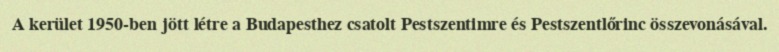
A kerület 1950-ben jött létre a Budapesthez csatolt Pestszentimre és Pestszentlőrinc összevonásával.